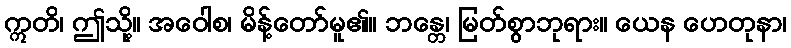
ဣတိ၊ ဤသို့။ အဝေါစ၊ မိန့်တော်မူ၏။ ဘန္တေ၊ မြတ်စွာဘုရား။ ယေန ဟေတုနာ၊